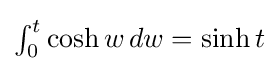
\textstyle \int _{0}^{t}\cosh w\,dw=\sinh t